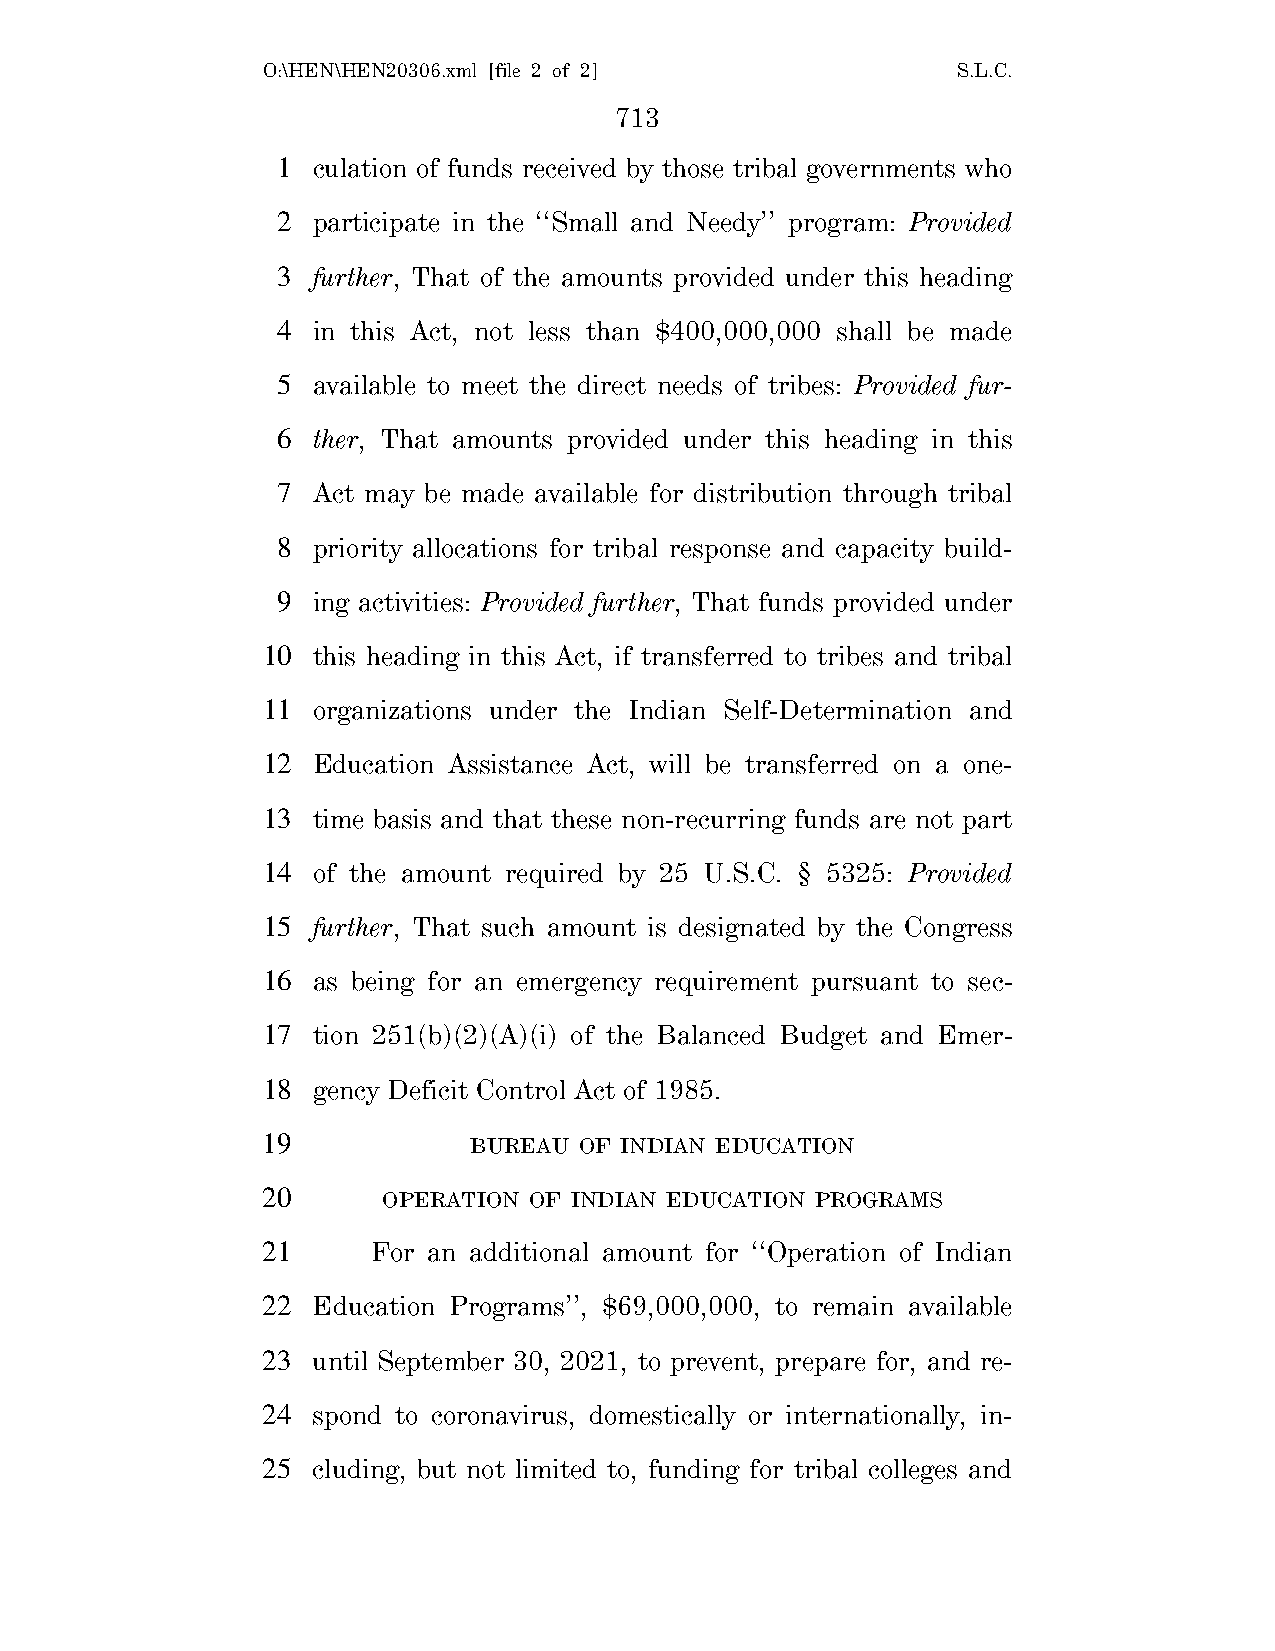
O:\HEN\HEN20306.xml [file 2 of 2]             S.L.C.
 713
 1  culation of funds received by those tribal governments who
 2  participate in the ‘‘Small and Needy’’ program: Provided
 3  further, That of the amounts provided under this heading
 4  in this Act, not less than $400,000,000 shall be made
 5  available to meet the direct needs of tribes: Provided fur-
 6  ther, That amounts provided under this heading in this
 7  Act may be made available for distribution through tribal
 8  priority allocations for tribal response and capacity build-
 9  ing activities: Provided further, That funds provided under
 10  this heading in this Act, if transferred to tribes and tribal
 11  organizations under the Indian Self-Determination and
 12  Education Assistance Act, will be transferred on a one-
 13  time basis and that these non-recurring funds are not part
 14  of the amount required by 25 U.S.C. § 5325: Provided
 15  further, That such amount is designated by the Congress
 16  as being for an emergency requirement pursuant to sec-
 17  tion 251(b)(2)(A)(i) of the Balanced Budget and Emer-
 18  gency Deficit Control Act of 1985.
 19            BUREAU OF INDIAN EDUCATION
 20      OPERATION OF INDIAN EDUCATION PROGRAMS
 21      For an additional amount for ‘‘Operation of Indian
 22  Education Programs’’, $69,000,000, to remain available
 23  until September 30, 2021, to prevent, prepare for, and re-
 24  spond to coronavirus, domestically or internationally, in-
 25  cluding, but not limited to, funding for tribal colleges and